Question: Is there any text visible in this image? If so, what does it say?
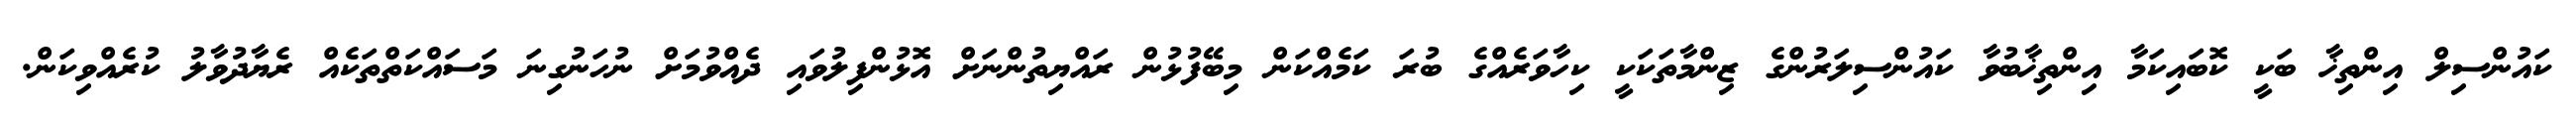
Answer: ކައުންސިލް އިންތިޚާ ބަކީ ކޮބައިކަމާ އިންތިޚާބުވާ ކައުންސިލަރުންގެ ޒިންމާތަކަކީ ކިހާވަރެއްގެ ބުރަ ކަމެއްކަން މިބޭފުޅުން ރައްޔިތުންނަށް އޮޅުންފިލުވައި ދެއްވުމަށް ނުހަނުގިނަ މަސައްކަތްތަކެއް ރެޔާދުވާލު ކުރެއްވިކަން.